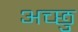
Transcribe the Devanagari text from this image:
अच्छु